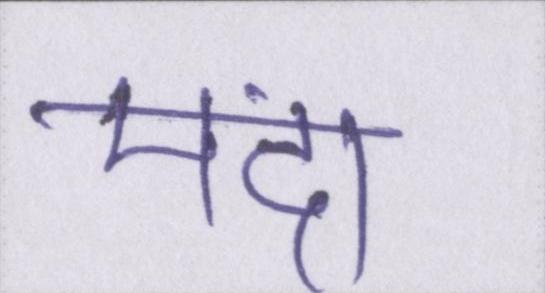
मंदा